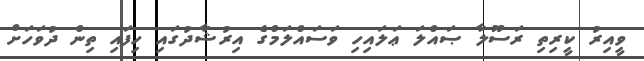
ވީއިރު ކީރިތި ރަސޫލާ ޞައްލަ ޢަލައިހި ވަސައްލަމްގެ އިރުޝާދުގައި ހިފައި ތިން ދުވަހަށް